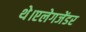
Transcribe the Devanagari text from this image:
थे।एलेगजेंडर